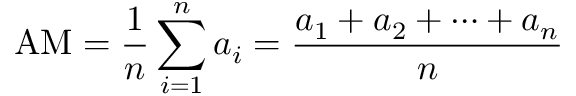
{ \mathrm { A M } } = { \frac { 1 } { n } } \sum _ { i = 1 } ^ { n } a _ { i } = { \frac { a _ { 1 } + a _ { 2 } + \cdots + a _ { n } } { n } }